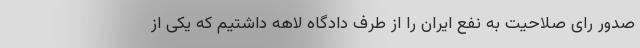
صدور رای صلاحیت به نفع ایران را از طرف دادگاه لاهه داشتیم که یکی از